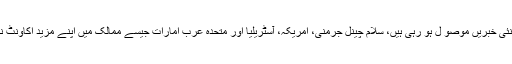
ایک ایسے وقت میں جب دنیا بھر میں ایرانیوں کے لئے رقومات کی منتقلی پر پابندیوں کی روزانہ نت نئی خبریں موصو ل ہو رہی ہیں، سلام چینل جرمنی، امریکہ، آسٹریلیا اور متحدہ عرب امارات جیسے ممالک میں اپنے مزید اکاونٹ نمبرز کا اعلان کرتا ہے تاکہ یہ ثابت کر سکے کہ اس نے ناظرین سے مزید مالی امداد وصول کی ہے۔